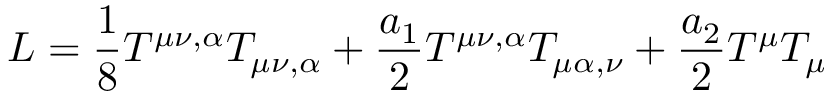
{ \cal L } = \frac { 1 } { 8 } T ^ { \mu \nu , \alpha } T _ { \mu \nu , \alpha } + \frac { a _ { 1 } } { 2 } T ^ { \mu \nu , \alpha } T _ { \mu \alpha , \nu } + \frac { a _ { 2 } } { 2 } T ^ { \mu } T _ { \mu }